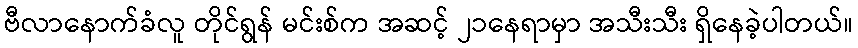
ဗီလာနောက်ခံလူ တိုင်ရွန် မင်းစ်က အဆင့် ၂၁နေရာမှာ အသီးသီး ရှိနေခဲ့ပါတယ်။